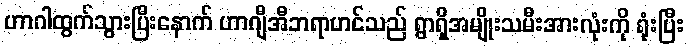
ဟာဂါထွက်သွားပြီးနောက် ဟာဂျီအီဘရာဟင်သည် ရွာရှိအမျိုးသမီးအားလုံးကို ရုံးပြီး